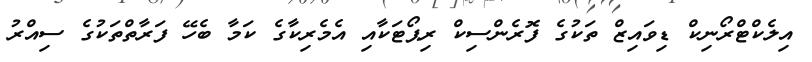
އިލެކްޓްރޯނިކް ޑިވައިޒް ތަކުގެ ފޮރެންސިކް ރިޕޯޓަކާއި އެމެރިކާގެ ކަމާ ބެހޭ ފަރާތްތަކުގެ ސިއްރު